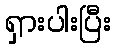
ရှားပါးပြီး